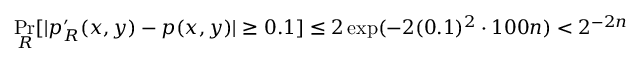
\operatorname* { P r } _ { R } [ | p _ { R } ^ { \prime } ( x , y ) - p ( x , y ) | \geq 0 . 1 ] \leq 2 \exp ( - 2 ( 0 . 1 ) ^ { 2 } \cdot 1 0 0 n ) < 2 ^ { - 2 n }